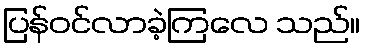
ပြန်ဝင်လာခဲ့ကြလေ သည်။